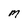
Character: M